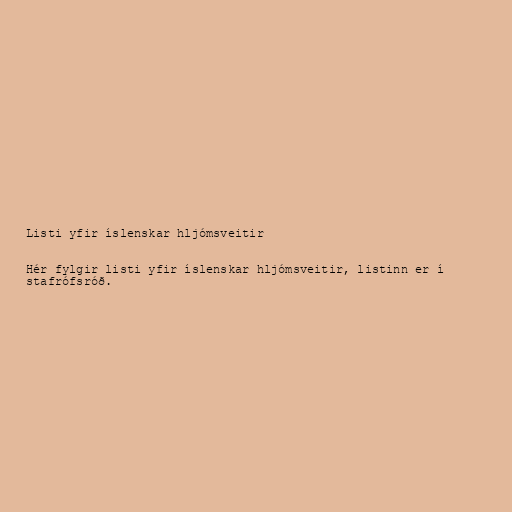
Listi yfir íslenskar hljómsveitir

Hér fylgir listi yfir íslenskar hljómsveitir, listinn er í
stafrófsróð.